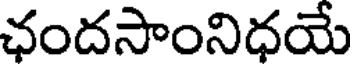
ఛందసాంనిధయే